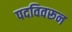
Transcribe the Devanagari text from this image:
पदविवरून